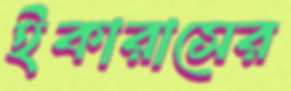
ইকারাসের